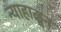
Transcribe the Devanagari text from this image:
न्याहाळून